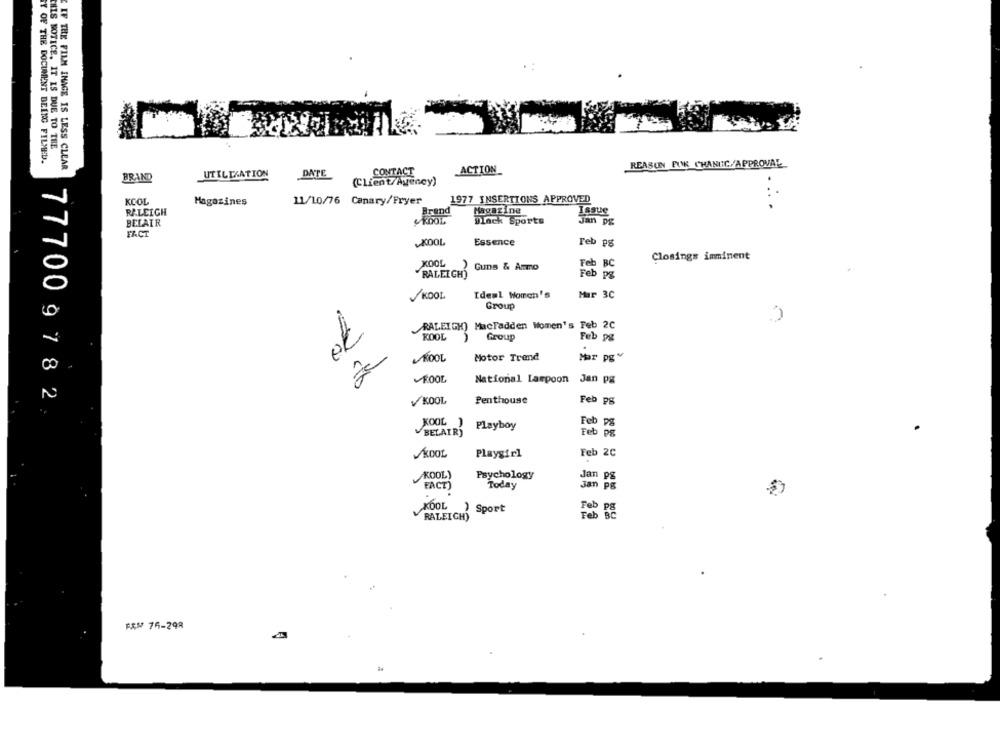
THIS NOTICE. IT IS DUE TO THE
TY OF THE DOCUMENT BEING FILMED.
IF THE FILM IMAGE IS LESS CLEAR
REASUN FUK CHANTC/APPROVAL
UTILIZATION
CONTACT
ACTION
BRAND
DATE
(Client/Agency)
KCOL
Magazines
11/10/76 Canary/Fryer
1977 INSERTIONS APPROVED
RALEIGH
Magazine
Issue
Brand
BELAIR
Black Sports
Jan pg
FACT
Essence
KOOL
Feb ps
Closings imminent
XOOL
Feb BC
Guns & Ammo
RALEIGH)
VKOOL
Ideml Women's
Mur 3C
Group
RALEIGH) MacFadden Women's Feb 2C
KOOL
Group
Feb pg
70
KOOL
Motor Trend
Har pgv
FOOL
National Lampoon Jan pg
V KOOL
Penthouse
Feb PS
777009782
KOOL
Playboy
Feb pg
BELAIR)
Feb PS
KOOL
Playgirl
Feb 2C
KOOL)
Psychology
Jan pg
FACT
Today
Jan pg
KOOL
) Sport
RALEIGH)
FAW 76-298